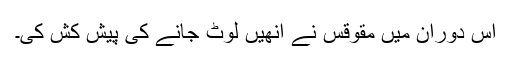
اس دوران میں مقوقس نے انھیں لوٹ جانے کی پیش کش کی۔